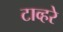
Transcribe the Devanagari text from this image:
टाव्हरे